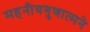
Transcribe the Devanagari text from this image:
महनीयगुणात्मने